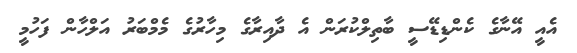
އެއީ އޭނާގެ ކެންޑިޑޭސީ ބާތިލްކުރަން އެ ދާއިރާގެ މިހާރުގެ މެމްބަރު އަލްހާން ފަހުމީ